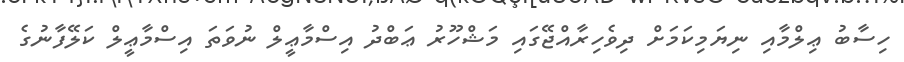
ހިސާބު ޢިލްމާއި ނިޔަމިކަމަށް ދިވެހިރާއްޖޭގައި މަޝްހޫރު ޢަބްދު އިސްމާޢީލް ނުވަތަ އިސްމާޢީލް ކަލޭފާނުގެ